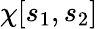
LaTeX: \chi[s_{1},s_{2}]